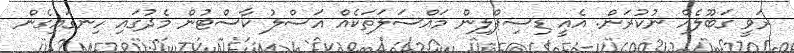
ރަވީ ގަބޫލެއް ނުކުރަން. އެއީ ޑިސިޕްލިން މައްސަލަތަކެއް އަސްލު ކާސްޓުން މެދުގައި ހިނގައިގެން